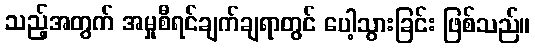
သည့်အတွက် အမှုစီရင်ချက်ချရာတွင် ပေါ့သွားခြင်း ဖြစ်သည်။